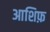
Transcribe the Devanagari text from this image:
आशिफ़